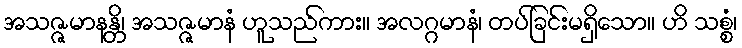
အသဇ္ဇမာနန္တိ၊ အသဇ္ဇမာနံ ဟူသည်ကား။ အလဂ္ဂမာနံ၊ တပ်ခြင်းမရှိသော။ ဟိ သစ္စံ၊